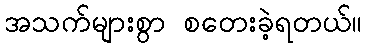
အသက်များစွာ စတေးခဲ့ရတယ်။